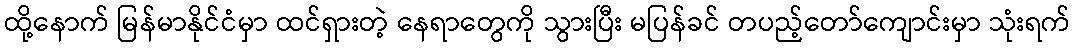
ထို့နောက် မြန်မာနိုင်ငံမှာ ထင်ရှားတဲ့ နေရာတွေကို သွားပြီး မပြန်ခင် တပည့်တော်ကျောင်းမှာ သုံးရက်